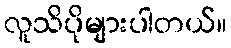
လူသိပိုများပါတယ်။